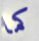
كما